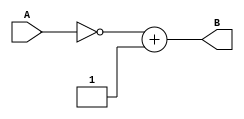
`timescale 1ns / 1ps
//////////////////////////////////////////////////////////////////////////////////
// Company: 
// Engineer: 
// 
// Design Name: 
// Module Name: two_comp
// Project Name: 
// Target Devices: 
// Tool Versions: 
// Description: 
// 
// Dependencies: 
// 
// Revision:
// Revision 0.01 - File Created
// Additional Comments:
// 
//////////////////////////////////////////////////////////////////////////////////


module two_comp(
input [7:0] A,
output [7:0] B);

assign B=~A+1;

endmodule